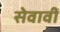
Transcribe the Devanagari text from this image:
सेवावीं